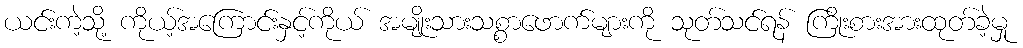
ယင်းကဲ့သို့ ကိုယ့်အကြောင်းနှင့်ကိုယ် အမျိုးသားသစ္စာဖောက်များကို သုတ်သင်ရန် ကြိုးစားအားထုတ်ခဲ့မှု